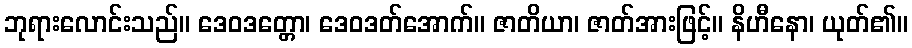
ဘုရားလောင်းသည်။ ဒေဝဒတ္တော၊ ဒေဝဒတ်အောက်။ ဇာတိယာ၊ ဇာတ်အားဖြင့်။ နိဟီနော၊ ယုတ်၏။